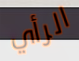
الرأي